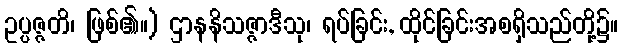
ဥပ္ပဇ္ဇတိ၊ ဖြစ်၏။) ဌာနနိသဇ္ဇာဒီသု၊ ရပ်ခြင်း, ထိုင်ခြင်းအစရှိသည်တို့၌။